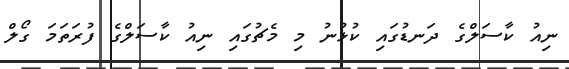
ނިއު ކާސަލްގެ ދަނޑުގައި ކުޅުނު މި މެޗުގައި ނިއު ކާސަލްގެ ފުރަތަމަ ގޯލް